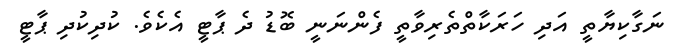
ނަގާކިޔާތީ އަދި ހަރަކާތްތެރިވާތީ ފެންނަނީ ބޮޑު ދެ ޕާޓީ އެކެވެ. ކުދިކުދި ޕާޓީ